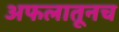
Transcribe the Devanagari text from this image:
अफलातूनच